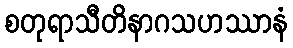
စတုရာသီတိနာဂသဟဿာနံ